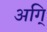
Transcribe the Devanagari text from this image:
अगि्